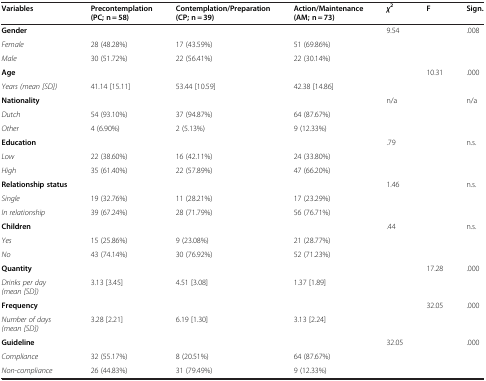
<table><thead><tr><td><b>Variables</b></td><td><b>Precontemplation (PC; n = 58)</b></td><td><b>Contemplation/Preparation (CP; n = 39)</b></td><td><b>Action/Maintenance (AM; n = 73)</b></td><td><b> <i>χ</i> <sup>2</sup></b></td><td><b>F</b></td><td><b>Sign.</b></td></tr></thead><tbody><tr><td><b>Gender</b></td><td> </td><td> </td><td> </td><td>9.54</td><td> </td><td>.008</td></tr><tr><td><i>Female</i></td><td>28 (48.28%)</td><td>17 (43.59%)</td><td>51 (69.86%)</td><td> </td><td> </td><td> </td></tr><tr><td><i>Male</i></td><td>30 (51.72%)</td><td>22 (56.41%)</td><td>22 (30.14%)</td><td> </td><td> </td><td> </td></tr><tr><td><b>Age</b></td><td> </td><td> </td><td> </td><td> </td><td>10.31</td><td>.000</td></tr><tr><td><i>Years (mean [SD])</i></td><td>41.14 [15.11]</td><td>53.44 [10.59]</td><td>42.38 [14.86]</td><td> </td><td> </td><td> </td></tr><tr><td><b>Nationality</b></td><td> </td><td> </td><td> </td><td>n/a</td><td> </td><td>n/a</td></tr><tr><td><i>Dutch</i></td><td>54 (93.10%)</td><td>37 (94.87%)</td><td>64 (87.67%)</td><td> </td><td> </td><td> </td></tr><tr><td><i>Other</i></td><td>4 (6.90%)</td><td>2 (5.13%)</td><td>9 (12.33%)</td><td> </td><td> </td><td> </td></tr><tr><td><b>Education</b></td><td> </td><td> </td><td> </td><td>.79</td><td> </td><td>n.s.</td></tr><tr><td><i>Low</i></td><td>22 (38.60%)</td><td>16 (42.11%)</td><td>24 (33.80%)</td><td> </td><td> </td><td> </td></tr><tr><td><i>High</i></td><td>35 (61.40%)</td><td>22 (57.89%)</td><td>47 (66.20%)</td><td> </td><td> </td><td> </td></tr><tr><td><b>Relationship status</b></td><td> </td><td> </td><td> </td><td>1.46</td><td> </td><td>n.s.</td></tr><tr><td><i>Single</i></td><td>19 (32.76%)</td><td>11 (28.21%)</td><td>17 (23.29%)</td><td> </td><td> </td><td> </td></tr><tr><td><i>In relationship</i></td><td>39 (67.24%)</td><td>28 (71.79%)</td><td>56 (76.71%)</td><td> </td><td> </td><td> </td></tr><tr><td><b>Children</b></td><td> </td><td> </td><td> </td><td>.44</td><td> </td><td>n.s.</td></tr><tr><td><i>Yes</i></td><td>15 (25.86%)</td><td>9 (23.08%)</td><td>21 (28.77%)</td><td> </td><td> </td><td> </td></tr><tr><td><i>No</i></td><td>43 (74.14%)</td><td>30 (76.92%)</td><td>52 (71.23%)</td><td> </td><td> </td><td> </td></tr><tr><td><b>Quantity</b></td><td> </td><td> </td><td> </td><td> </td><td>17.28</td><td>.000</td></tr><tr><td><i>Drinks per day (mean [SD])</i></td><td>3.13 [3.45]</td><td>4.51 [3.08]</td><td>1.37 [1.89]</td><td> </td><td> </td><td> </td></tr><tr><td><b>Frequency</b></td><td> </td><td> </td><td> </td><td> </td><td>32.05</td><td>.000</td></tr><tr><td><i>Number of days (mean [SD])</i></td><td>3.28 [2.21]</td><td>6.19 [1.30]</td><td>3.13 [2.24]</td><td> </td><td> </td><td> </td></tr><tr><td><b>Guideline</b></td><td> </td><td> </td><td> </td><td>32.05</td><td> </td><td>.000</td></tr><tr><td><i>Compliance</i></td><td>32 (55.17%)</td><td>8 (20.51%)</td><td>64 (87.67%)</td><td> </td><td> </td><td> </td></tr><tr><td><i>Non-compliance</i></td><td>26 (44.83%)</td><td>31 (79.49%)</td><td>9 (12.33%)</td><td> </td><td> </td><td> </td></tr></tbody></table>